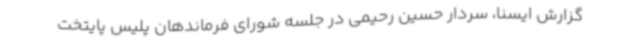
گزارش ایسنا، سردار حسین رحیمی در جلسه شورای فرماندهان پلیس پایتخت